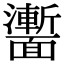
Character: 𩉍